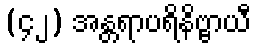
(၄၂) အန္တရာပရိနိဗ္ဗာယီ